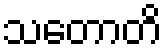
သတောတိ